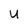
Character: U